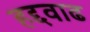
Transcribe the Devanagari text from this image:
हद्दवाढ